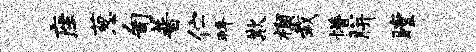
座葱匍普伫拜欺榴栽懵胼瞠